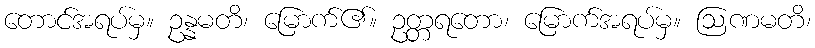
တောင်အရပ်မှ။ ဥန္နမတိ၊ မြောက်၏။ ဥတ္တရတော၊ မြောက်အရပ်မှ။ ဩဏမတိ၊